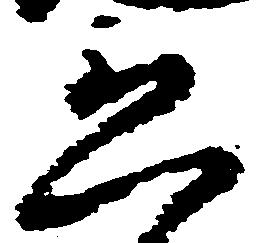
恐